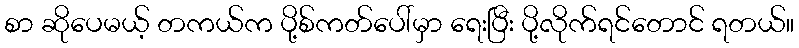
စာ ဆိုပေမယ့် တကယ်က ပို့စ်ကတ်ပေါ်မှာ ရေးပြီး ပို့လိုက်ရင်တောင် ရတယ်။